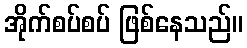
အိုက်စပ်စပ် ဖြစ်နေသည်။